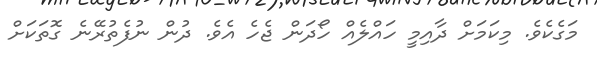
މަގެކެވެ. މިކަމަށް ދާއިމީ ހައްލެއް ހޯދަން ޖެހެ އެވެ. ދުން ނުފެތުރޭނެ ގޮތަކަށް